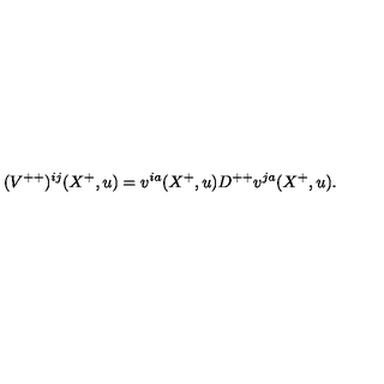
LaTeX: ( { V } ^ { + + } ) ^ { i j } ( X ^ { + } , u ) = v ^ { i a } ( X ^ { + } , u ) D ^ { + + } v ^ { j a } ( X ^ { + } , u ) .